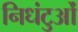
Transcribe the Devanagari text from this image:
निधंटुओं